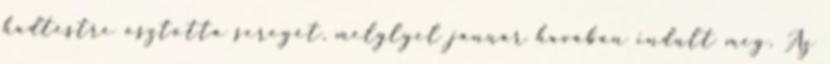
hadtestre osztotta seregét, melylyel január havában indult meg. Az